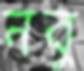
নবু